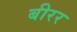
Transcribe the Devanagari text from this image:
बीरर